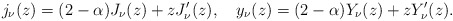
\begin{align*}j_\nu(z)=(2-\alpha)J_\nu(z)+zJ_\nu'(z),~~~y_\nu(z)=(2-\alpha)Y_\nu(z)+zY_\nu'(z).\end{align*}